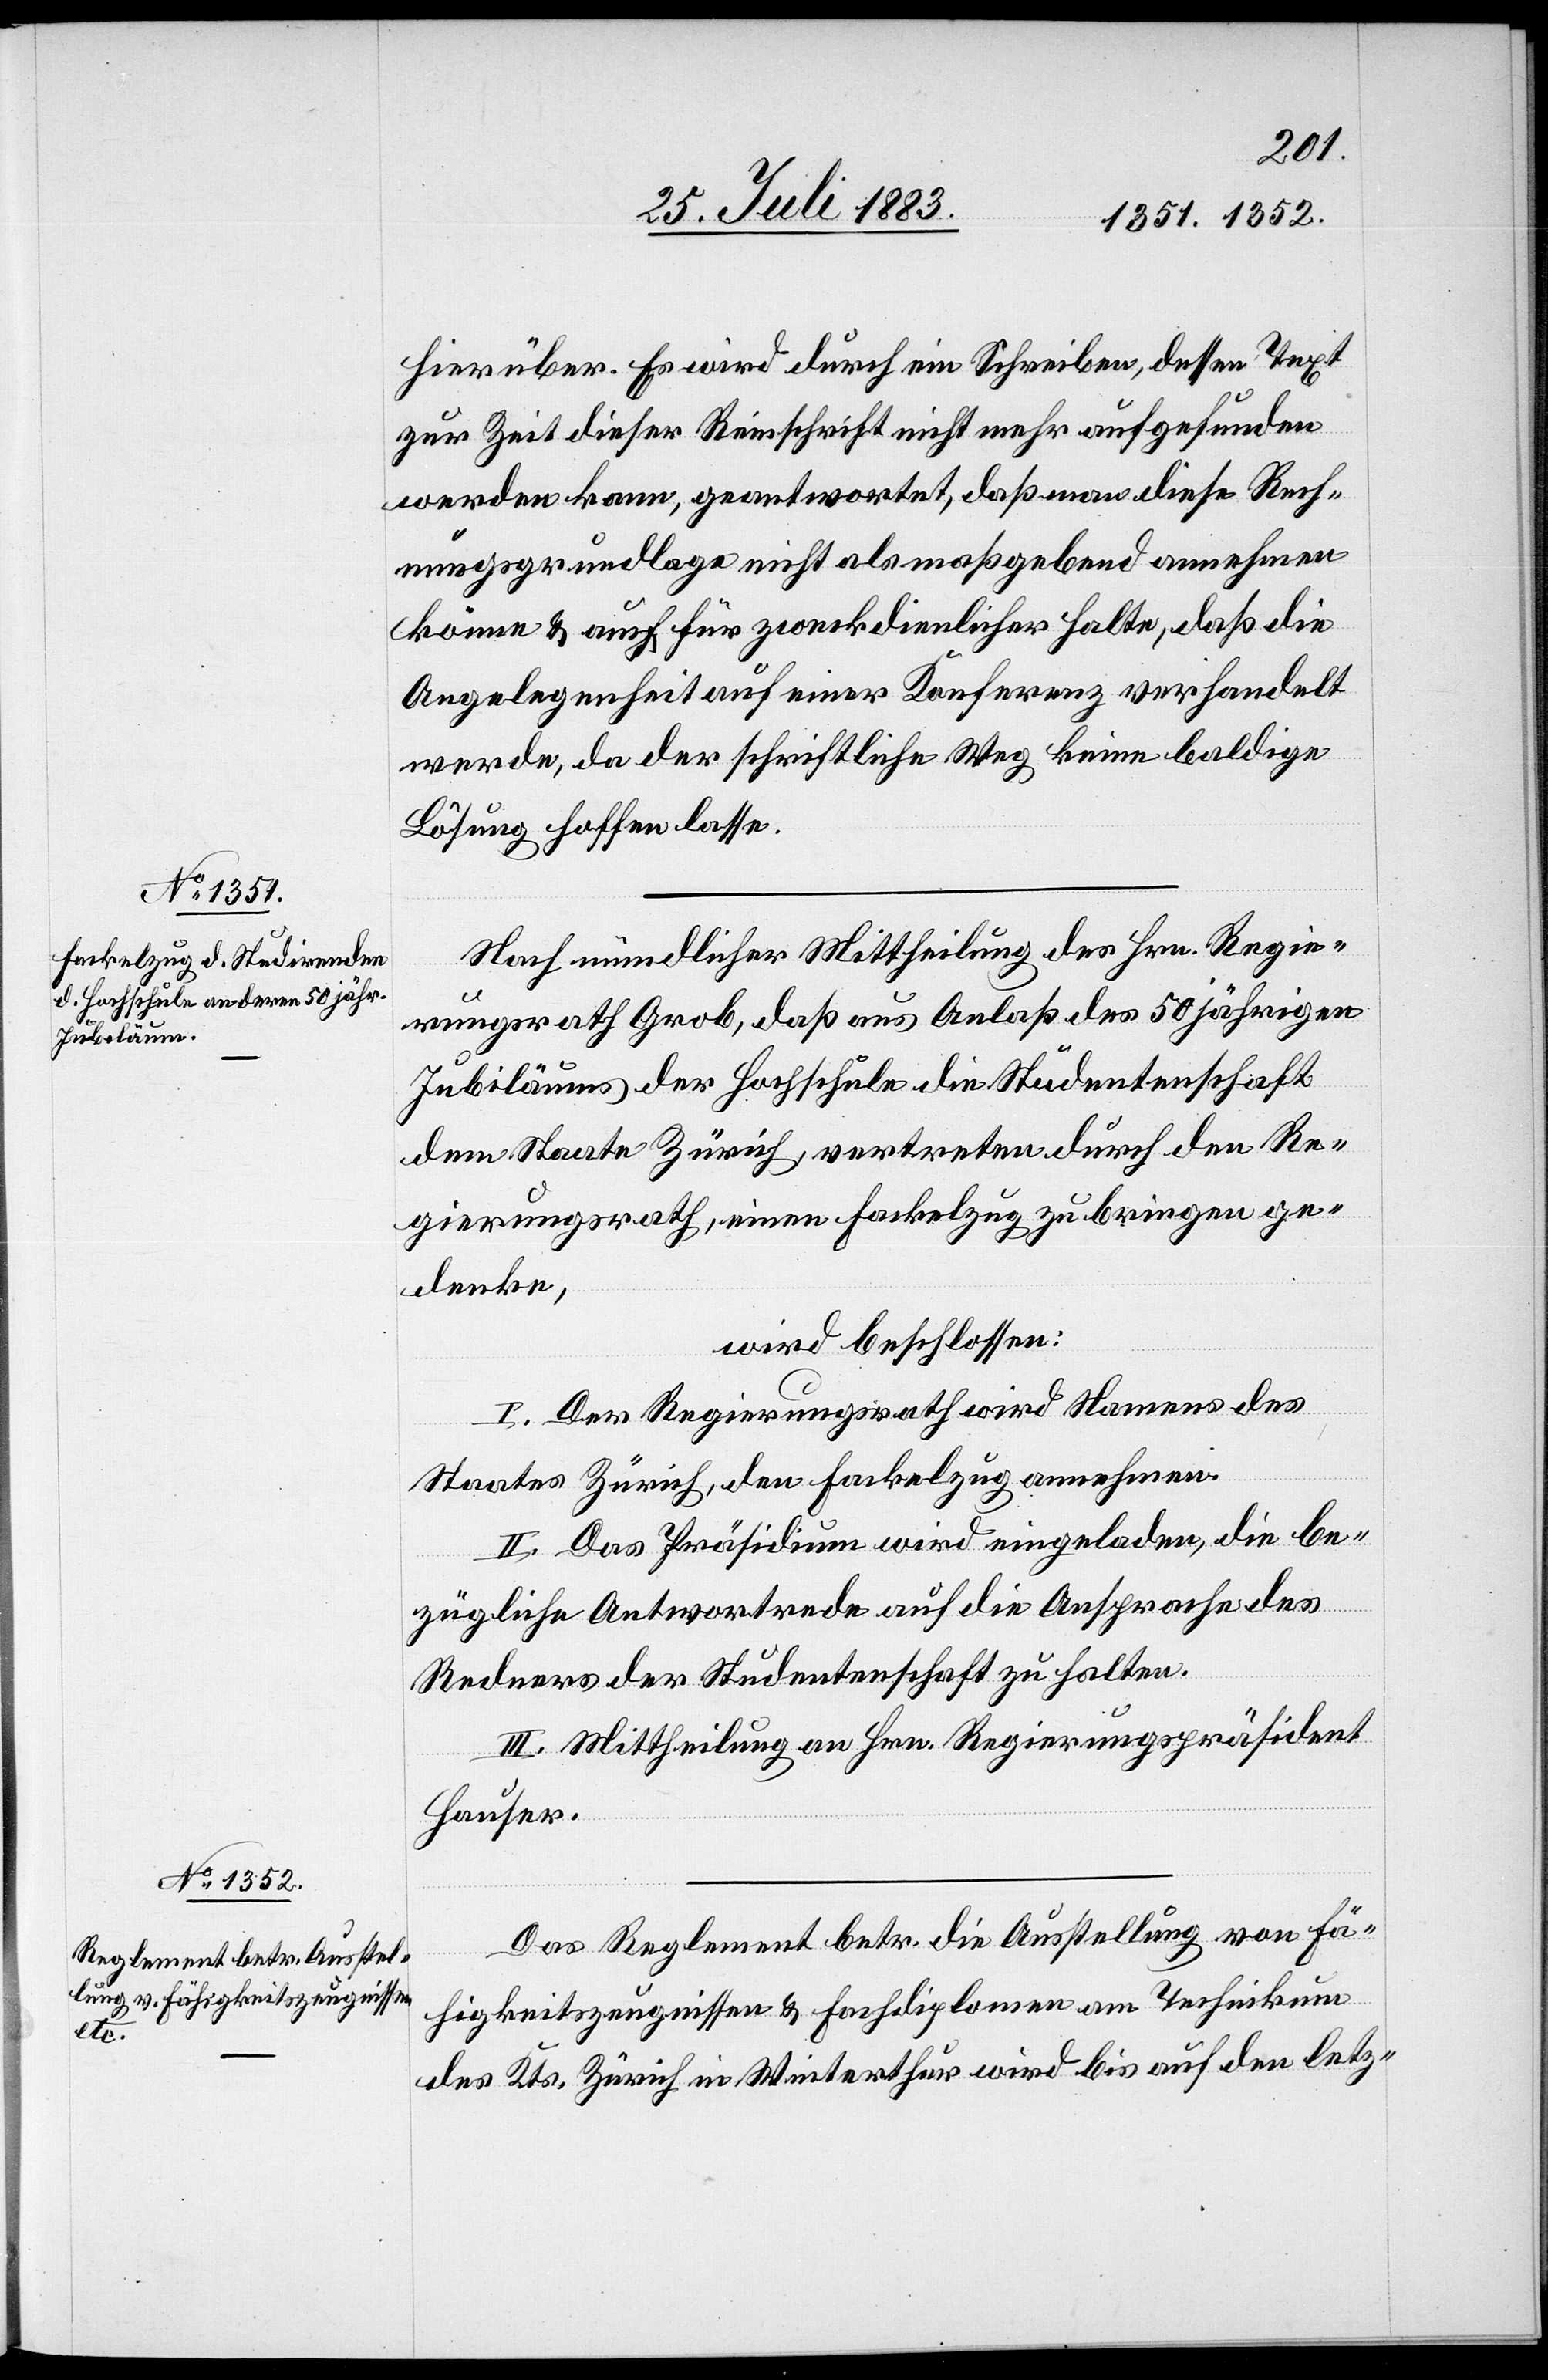
hierüber. Es wird durch ein Schreiben, dessen Text
zur Zeit dieser Reinschrift nicht mehr aufgefunden
werden kann, geantwortet, daß man diese Rech¬
nungsgrundlage nicht als maßgebend annehmen
könne & auch für zweckdienlicher halte, daß die
Angelegenheit auf einer Konferenz verhandelt
werde, da der schriftliche Weg keine baldige
Lösung hoffen lasse.
Nach mündlicher Mittheilung des Hrn. Regie¬
rungsrath Grob, daß aus Anlaß des 50 jährigen
Jubiläums der Hochschule die Studentenschaft
dem Staate Zürich, vertreten durch den Re¬
denke,
wird beschlossen:
I. Der Regierungsrath wird Namens des
Staates Zürich, den Fackelzug annehmen.
II. Das Präsidium wird eingeladen, die be¬
halten.
zügliche Antwortrede auf die Ansprache der
III. Mittheilung an Hrn. Regierungspräsident
Hauser.
Das Reglement betr. die Ausstellung von Fä¬
higkeitszeugnissen & Fachdiplomen am Technikum
des Kts. Zürich in Winterthur wird bis auf den letz-